Vaccination United Provinces of Agra and Oudh 1914-1922 - 1914-1922
Year: 1914
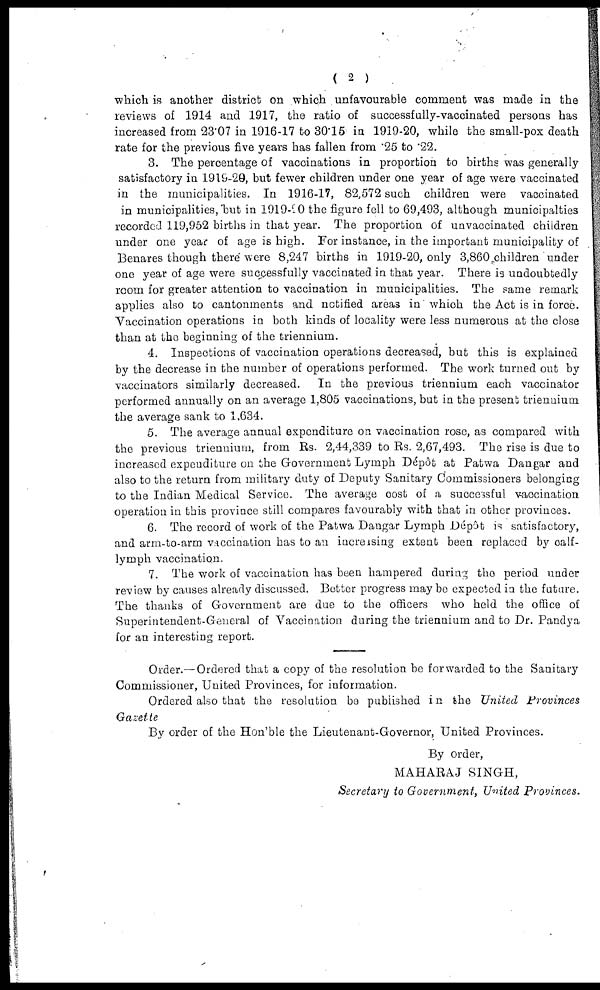
( 2 )
which is another district on which unfavourable comment was made in the
reviews of 1914 and 1917, the ratio of successfully-vaccinated persons has
increased from 23.07 in 1916-17 to 30.15 in 1919-20, while the small-pox death
rate for the previous five years has fallen from .25 to .22.
3. The percentage of vaccinations in proportion to births was generally
satisfactory in 1919-20, but fewer children under one year of age were vaccinated
in the municipalities. In 1916-17, 82,572 such children were vaccinated
in municipalities, but in 1919-20 the figure fell to 69,493, although municipalties
recorded 119,952 births in that year. The proportion of unvaccinated children
under one year of age is high. For instance, in the important municipality of
Benares though there were 8,247 births in 1919-20, only 3,860 children under
one year of age were successfully vaccinated in that year. There is undoubtedly
room for greater attention to vaccination in municipalities. The same remark
applies also to cantonments and notified areas in which the Act is in force.
Vaccination operations in both kinds of locality were less numerous at the close
than at the beginning of the triennium.
4. Inspections of vaccination operations decreased, but this is explained
by the decrease in the number of operations performed. The work turned out by
vaccinators similarly decreased.
In the previous triennium each vaccinator
performed annually on an average 1,805 vaccinations, but in the present triennium
the average sank to 1,634.
5. The average annual expenditure on vaccination rose, as compared with
the previous trienniuim, from Rs. 2,44,339 to Rs. 2,67,493. The rise is due to
increased expenditure on the Government Lymph Dépôt at Patwa Dangar and
also to the return from military duty of Deputy Sanitary Commissioners belonging
to the Indian Medical Service. The average cost of a successful vaccination
operation in this province still compares favourably with that in other provinces.
6. The record of work of the Patwa Dangar Lymph Dépôt is satisfactory,
and arm-to-arm vaccination has to an increising extent been replaced by calf¬
lymph vaccination.
7. The work of vaccination has been hampered during the period under
review by causes already discussed. Better progress may be expected in the future.
The thanks of Government are due to the officers who held the office of
Superintendent-General of Vaccination during the triennium and to Dr. Pandya
for an interesting report.
Order.— Ordered that a copy of the resolution be forwarded to the Sanitary
Commissioner, United Provinces, for information.
Ordered also that the resolution be published in the United Provinces
Gazette
By order of the Hon'ble the Lieutenant-Governor, United Provinces.
By order,
MAHARAJ SINGH,
Secretary to Government, United Provinces.